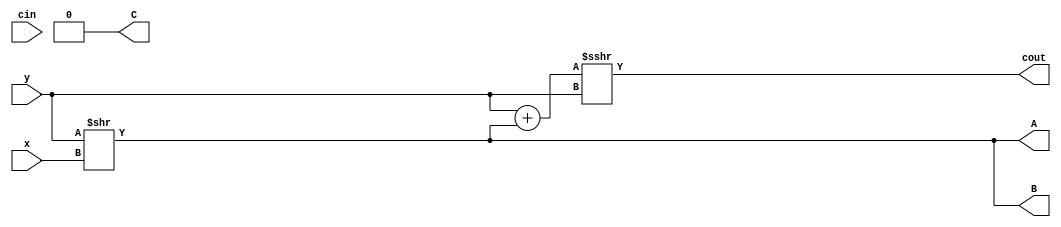
module top
(
 input signed x,
 input signed y,
 input signed cin,

 output signed A,
 output signed cout,
 output signed B,C
 );


assign A =  y >> x;
assign cout =  y + A >>> y;
assign {B,C} =  {cout,A} << 1;

endmodule